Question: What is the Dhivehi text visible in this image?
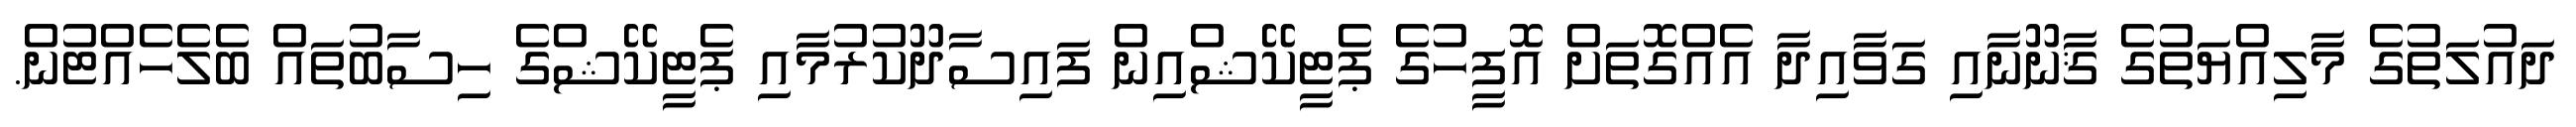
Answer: ދައުލަތުގެ މާލިއްޔަތުގެ ޤާނޫނާއި ގަވާއިދާ އެއްގޮތަށް އޮފީހުގެ ޕެޓީކޭޝްއިން ފައިސާދޫކުރުމާއި ޕެޓީކޭޝްގެ ހިސާބުތައް ބެލެހެއްޓުން.